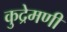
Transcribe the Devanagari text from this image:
कुद्रेमणी